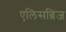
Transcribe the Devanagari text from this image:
एलिसब्रिज